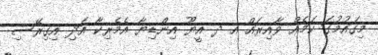
މިގައުމުގަ ކަމެއް ވާއިރައް އ ދ އީޔޫ އިންޑިޔާ އެމެރިކާ އަދި އިގިރޭސި